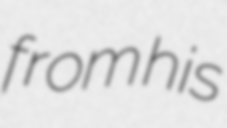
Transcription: from his